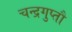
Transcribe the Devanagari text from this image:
चन्द्रगुप्तौ